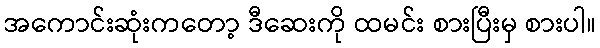
အကောင်းဆုံးကတော့ ဒီဆေးကို ထမင်း စားပြီးမှ စားပါ။